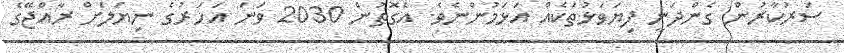
ސަރުކާރުން ގެންދަނީ ފިޔަވަޅުތަކެއް އަޅަމުންނެވެ. އެގޮތުން 2030 ވަނަ އަހަރުގެ ނިޔަލަށް ރާއްޖޭގެ